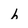
Character: h